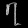
Digit: ၇